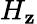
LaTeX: H_{\mathbf{z}}